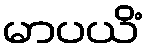
မာပယိံ